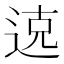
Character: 𫐦